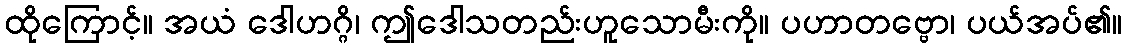
ထိုကြောင့်။ အယံ ဒေါဟဂ္ဂိ၊ ဤဒေါသတည်းဟူသောမီးကို။ ပဟာတဗ္ဗော၊ ပယ်အပ်၏။